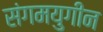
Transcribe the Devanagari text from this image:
संगमयुगीन